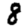
Digit: 8